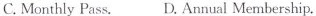
C. Monthly Pass, D. Annual Membership.